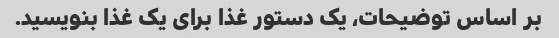
بر اساس توضیحات، یک دستور غذا برای یک غذا بنویسید.